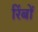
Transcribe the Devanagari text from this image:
रिंबों